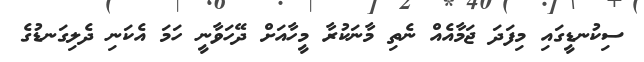
ސިކުނޑީގައި މިފަދަ ޖަމާއެއް ނެތި މާނަކުރާ މީހާއަށް ދޭހަވާނީ ހަމަ އެކަނި ދެލިގަނޑުގެ